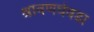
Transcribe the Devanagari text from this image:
श्रावणघेवडा